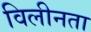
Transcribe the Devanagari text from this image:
विलीनता